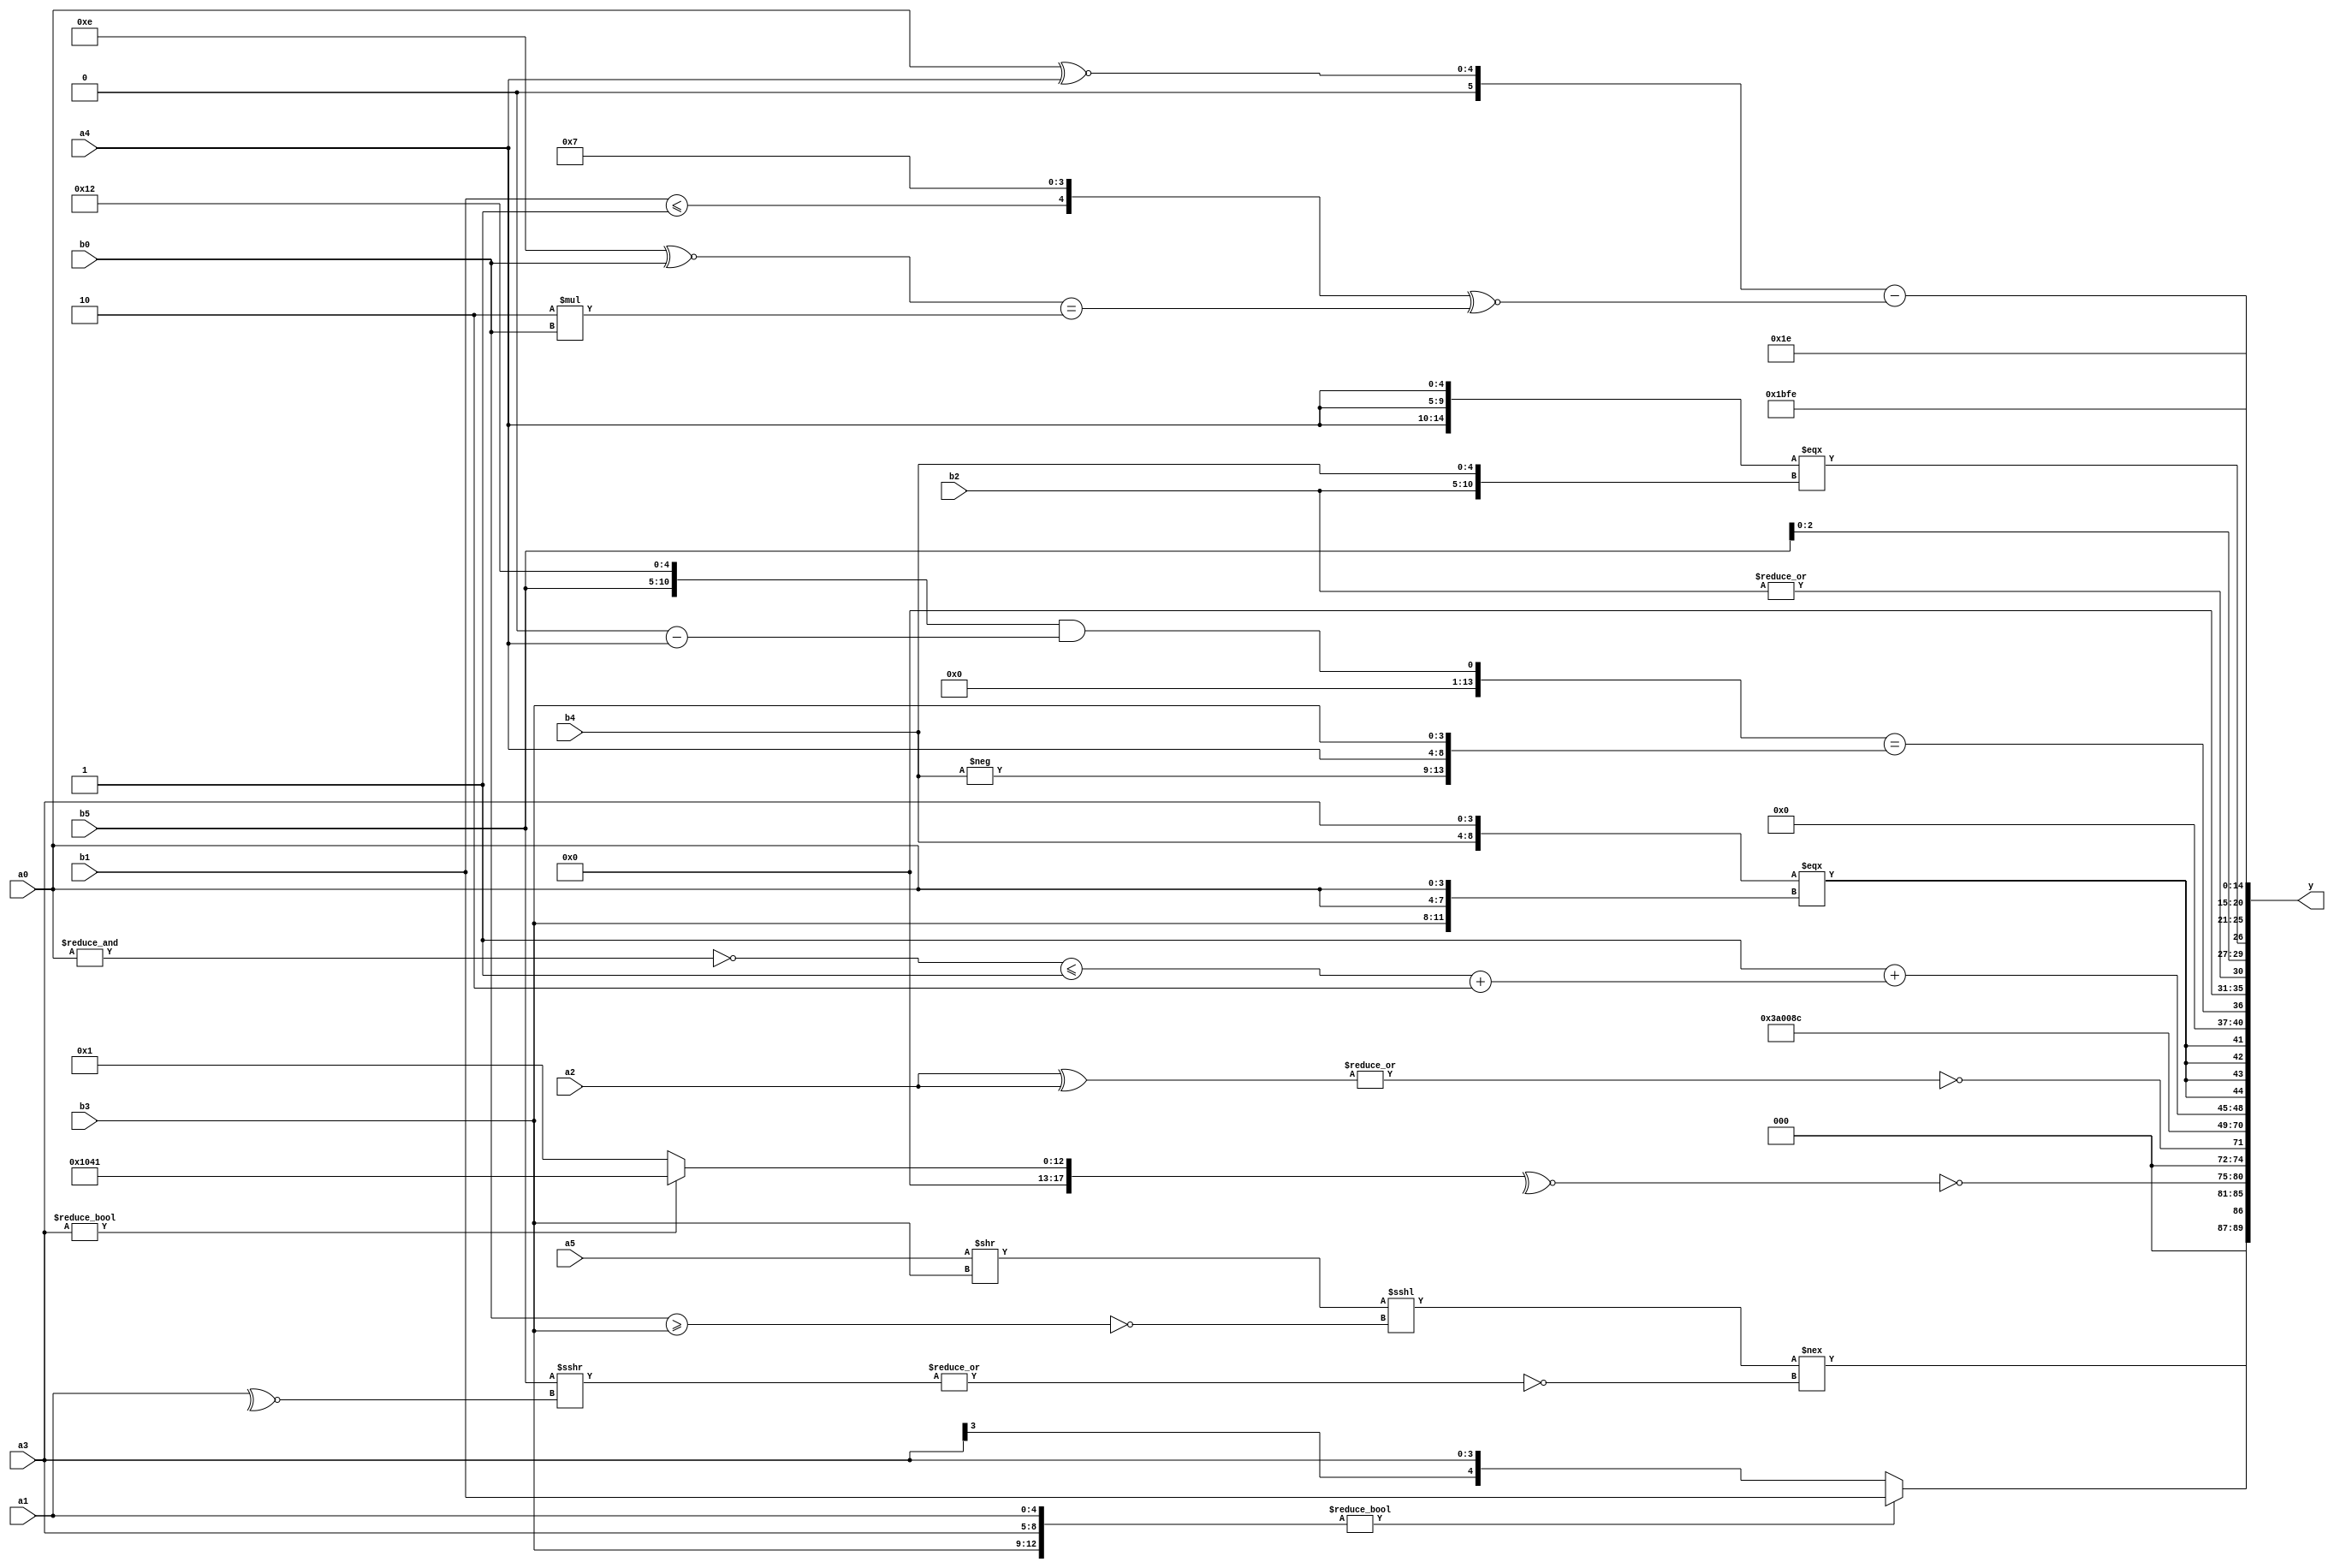
module expression_00520(a0, a1, a2, a3, a4, a5, b0, b1, b2, b3, b4, b5, y);
  input [3:0] a0;
  input [4:0] a1;
  input [5:0] a2;
  input signed [3:0] a3;
  input signed [4:0] a4;
  input signed [5:0] a5;

  input [3:0] b0;
  input [4:0] b1;
  input [5:0] b2;
  input signed [3:0] b3;
  input signed [4:0] b4;
  input signed [5:0] b5;

  wire [3:0] y0;
  wire [4:0] y1;
  wire [5:0] y2;
  wire signed [3:0] y3;
  wire signed [4:0] y4;
  wire signed [5:0] y5;
  wire [3:0] y6;
  wire [4:0] y7;
  wire [5:0] y8;
  wire signed [3:0] y9;
  wire signed [4:0] y10;
  wire signed [5:0] y11;
  wire [3:0] y12;
  wire [4:0] y13;
  wire [5:0] y14;
  wire signed [3:0] y15;
  wire signed [4:0] y16;
  wire signed [5:0] y17;

  output [89:0] y;
  assign y = {y0,y1,y2,y3,y4,y5,y6,y7,y8,y9,y10,y11,y12,y13,y14,y15,y16,y17};

  localparam [3:0] p0 = ((((2'sd1)+(2'd0))-(3'd2))>>>{4{{2{(2'd1)}}}});
  localparam [4:0] p1 = {4{((5'd10)^(5'd3))}};
  localparam [5:0] p2 = (+(~(~^(2'sd0))));
  localparam signed [3:0] p3 = (-3'sd2);
  localparam signed [4:0] p4 = ({1{((4'sd1)!==(2'd1))}}|((3'd5)>>(-3'sd1)));
  localparam signed [5:0] p5 = (&(^(3'd0)));
  localparam [3:0] p6 = (~(&{(5'd27),(((3'd7)<(-5'sd14))<<<{(-2'sd1),(-2'sd0)})}));
  localparam [4:0] p7 = {(((-3'sd2)?(-2'sd1):(2'd3))<((5'd1)?(5'd21):(3'd1)))};
  localparam [5:0] p8 = {(5'sd1),(3'd4),(4'd1)};
  localparam signed [3:0] p9 = ({{2{(3'd4)}}}^~({(5'sd14),(4'd7),(3'd4)}-(((-4'sd2)>>(4'd2))+(|(-3'sd3)))));
  localparam signed [4:0] p10 = (~|{(+(((4'd2)<<(4'sd7))<<<(-(4'd10)))),(!({(-3'sd0)}!=(~(4'sd3)))),(~&((|(-2'sd1))<<<(4'd2 * (5'd19))))});
  localparam signed [5:0] p11 = (~^(^{({3{{2{(2'd0)}}}}>>{(+(2'd1)),{(2'd3)},(+(4'd12))})}));
  localparam [3:0] p12 = (~&({((2'd3)<=(3'd3))}&&{(4'sd7),(2'd1),(4'd12)}));
  localparam [4:0] p13 = (|(-2'sd0));
  localparam [5:0] p14 = (((2'd3)?(5'd26):(4'd1))?({1{(2'd0)}}|(+(2'd2))):(-2'sd1));
  localparam signed [3:0] p15 = (&((!((2'd3)>(4'd1)))*(!(^(-3'sd3)))));
  localparam signed [4:0] p16 = ((-5'sd12)^~(-5'sd7));
  localparam signed [5:0] p17 = {4{{2{(4'd2 * (2'd1))}}}};

  assign y0 = (((a5>>b3)<<<(~|(b0>=b3)))!==(+(~|($unsigned(b5)>>>(~^a1)))));
  assign y1 = {2{$signed(({b3,a3,a1}?$signed($unsigned(b1)):$signed($signed(a3))))}};
  assign y2 = (~(~^((p1?a3:p6)?{3{p8}}:(p14<p1))));
  assign y3 = (!{(|{(a3<<p6),(a2^a2)})});
  assign y4 = (~p14);
  assign y5 = (-2'sd0);
  assign y6 = (!{4{(&{3{p5}})}});
  assign y7 = {(5'sd3)};
  assign y8 = {((~^$unsigned(((2'sd1)>=(4'd12))))+(((~&a0)<=(~^p6))+(4'd2)))};
  assign y9 = $signed({{2{(({b4,a3})==={{b3,a0,a0}})}}});
  assign y10 = (~|$unsigned((!$unsigned((({b5,p16}&&(p5-a4))==({(-b4),{p4,a4,b3}}))))));
  assign y11 = (|{b2,b2});
  assign y12 = {{(a2===b4),(a1||p17),{b5}},$unsigned((&({3{a4}}==={b2,b4})))};
  assign y13 = (((~^(4'd7))>>$signed((p7>>p6)))^~((2'd1)&&((p17>=p1)>=(-p10))));
  assign y14 = ($signed(({(b3>>>a0),(b3&p2),(a0^~a4)}))-({(b1<=p11),{p9}}^~((p3^~b0)==(4'd2 * b0))));
  assign y15 = (3'd3);
  assign y16 = {2{(-2'sd1)}};
  assign y17 = (~(+((3'sd2)!=((4'd11)<<<(4'd11)))));
endmodule